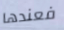
فعندها